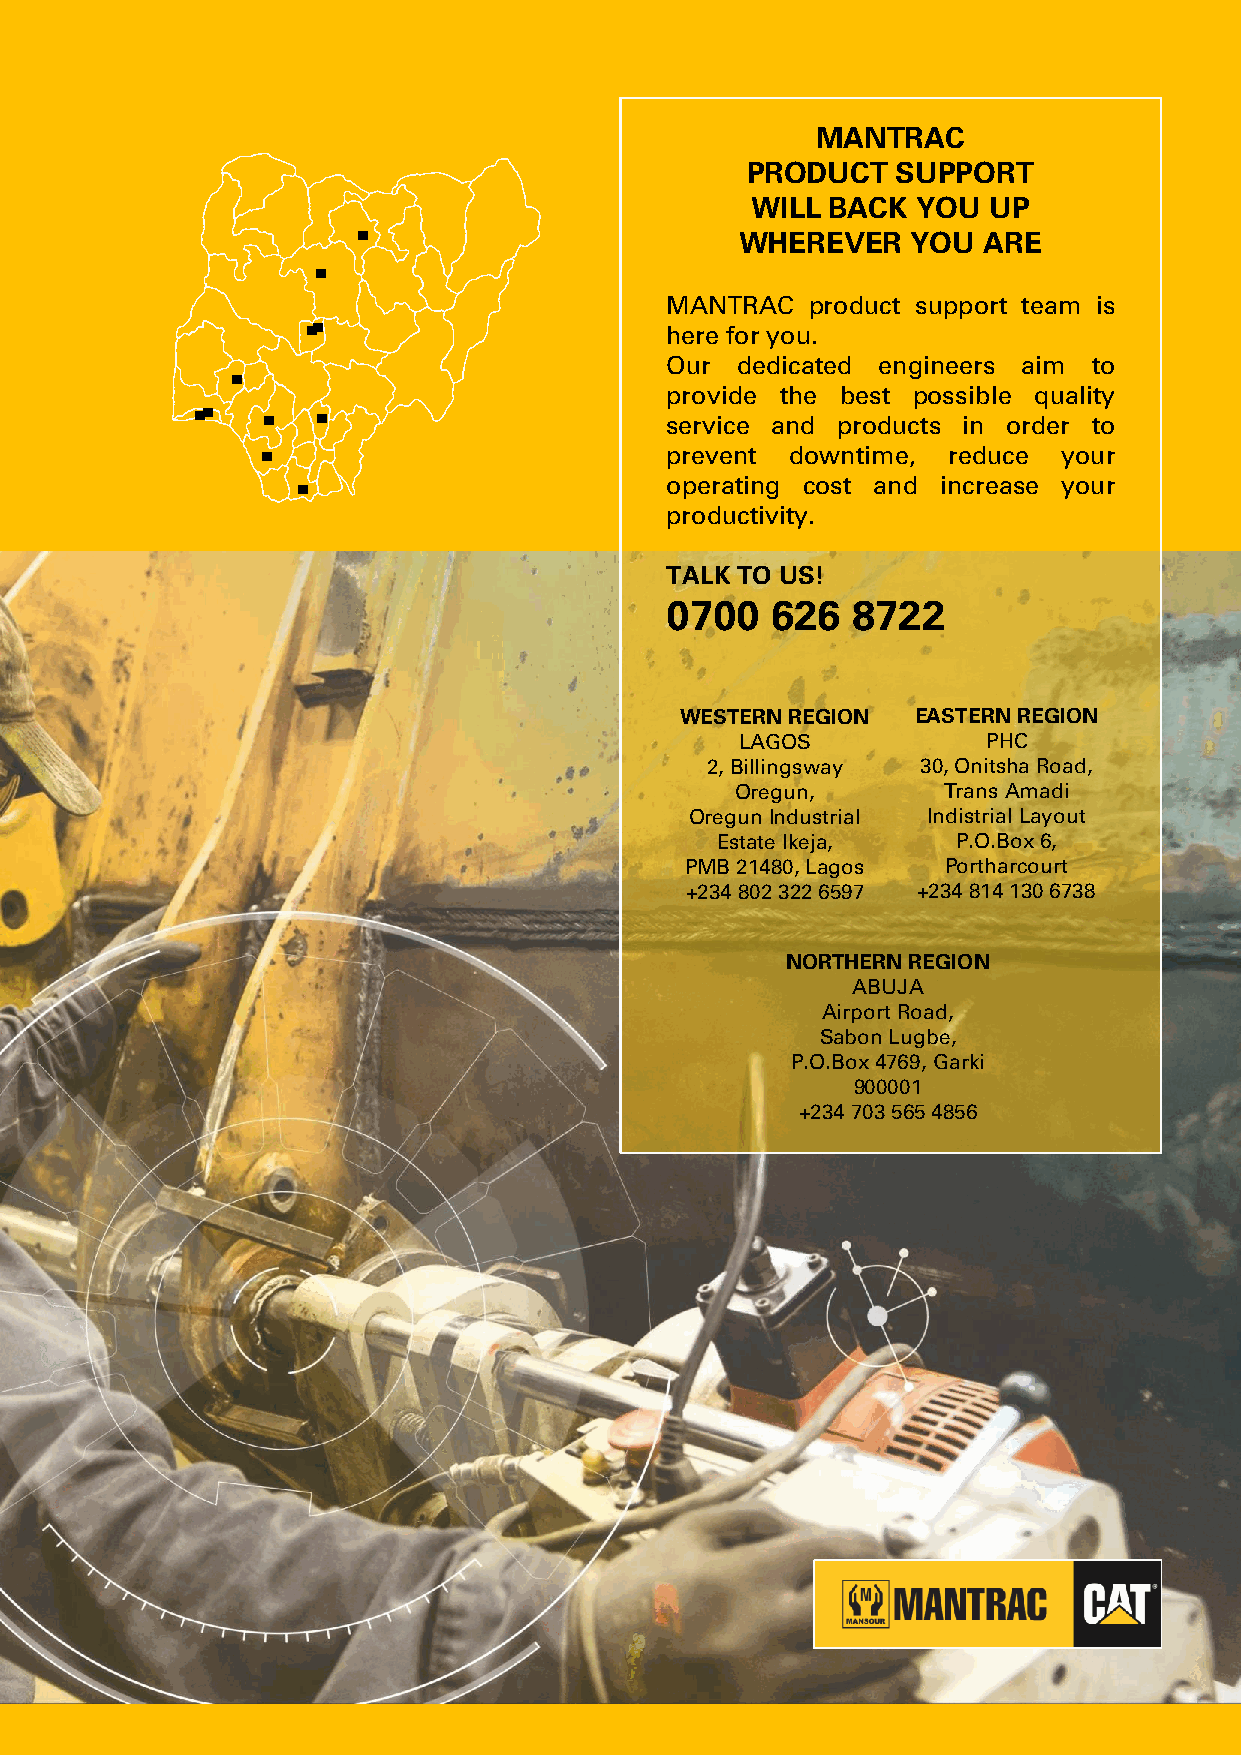
MANTRAC
 PRODUCT   SUPPORT
 WILL BACK  YOU UP
 WHEREVER   YOU  ARE
 MANTRAC  product support team is
 here for you.
 Our  dedicated engineers aim to
 provide the best possible quality
 service and products in order to
 prevent downtime,  reduce your
 operating cost and increase your
 productivity.
 TALK TO US!
 0700   626  8722
 WESTERN REGION  EASTERN REGION
 LAGOS           PHC
 2, Billingsway 30, Onitsha Road,
 Oregun,      Trans Amadi
 OregunIndustrial IndistrialLayout
 Estate Ikeja,   P.O.Box6,
 PMB 21480, Lagos Portharcourt
 +234 802 322 6597 +234 814 130 6738
 NORTHERN REGION
 ABUJA
 Airport Road,
 Sabon Lugbe,
 P.O.Box4769, Garki
 900001
 +234 703 565 4856